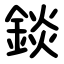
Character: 錟